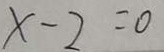
x - 2 = 0